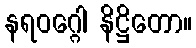
နရဝဂ္ဂေါ နိဋ္ဌိတော။